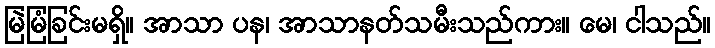
မြဲမြံခြင်းမရှိ။ အာသာ ပန၊ အာသာနတ်သမီးသည်ကား။ မေ၊ ငါသည်။